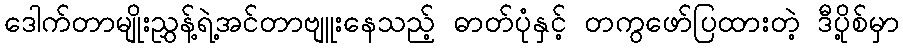
ဒေါက်တာမျိုးညွှန့်ရဲ့အင်တာဗျူးနေသည့် ဓာတ်ပုံနှင့် တကွဖော်ပြထားတဲ့ ဒီပို့စ်မှာ